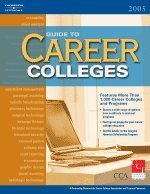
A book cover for Guide to Career Colleges 2005 (Peterson's Guide to Career Colleges); Peterson's; Education & Teaching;